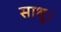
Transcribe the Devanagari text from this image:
साधू।